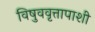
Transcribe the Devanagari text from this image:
विषुववृत्तापाशी